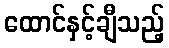
ထောင်နှင့်ချီသည့်